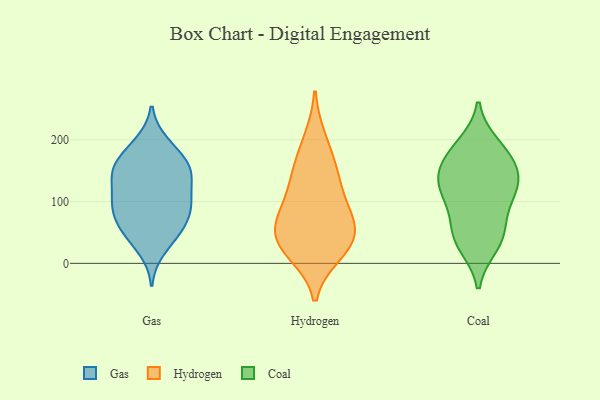
{"axis": {"x": "Net Income (USD K)", "y": "Value"}, "legend": ["Coal", "Gas", "Hydrogen"], "data": [{"x": "", "y": 137, "type": "Gas"}, {"x": "", "y": 47, "type": "Gas"}, {"x": "", "y": 94, "type": "Gas"}, {"x": "", "y": 141, "type": "Gas"}, {"x": "", "y": 104, "type": "Gas"}, {"x": "", "y": 195, "type": "Gas"}, {"x": "", "y": 57, "type": "Gas"}, {"x": "", "y": 103, "type": "Gas"}, {"x": "", "y": 87, "type": "Gas"}, {"x": "", "y": 22, "type": "Gas"}, {"x": "", "y": 48, "type": "Gas"}, {"x": "", "y": 105, "type": "Gas"}, {"x": "", "y": 190, "type": "Gas"}, {"x": "", "y": 82, "type": "Gas"}, {"x": "", "y": 66, "type": "Gas"}, {"x": "", "y": 169, "type": "Gas"}, {"x": "", "y": 145, "type": "Gas"}, {"x": "", "y": 157, "type": "Gas"}, {"x": "", "y": 154, "type": "Gas"}, {"x": "", "y": 154, "type": "Gas"}, {"x": "", "y": 200, "type": "Hydrogen"}, {"x": "", "y": 75, "type": "Hydrogen"}, {"x": "", "y": 18, "type": "Hydrogen"}, {"x": "", "y": 83, "type": "Hydrogen"}, {"x": "", "y": 57, "type": "Hydrogen"}, {"x": "", "y": 37, "type": "Hydrogen"}, {"x": "", "y": 152, "type": "Hydrogen"}, {"x": "", "y": 43, "type": "Hydrogen"}, {"x": "", "y": 113, "type": "Hydrogen"}, {"x": "", "y": 147, "type": "Hydrogen"}, {"x": "", "y": 25, "type": "Hydrogen"}, {"x": "", "y": 144, "type": "Coal"}, {"x": "", "y": 120, "type": "Coal"}, {"x": "", "y": 171, "type": "Coal"}, {"x": "", "y": 101, "type": "Coal"}, {"x": "", "y": 29, "type": "Coal"}, {"x": "", "y": 127, "type": "Coal"}, {"x": "", "y": 42, "type": "Coal"}, {"x": "", "y": 191, "type": "Coal"}, {"x": "", "y": 42, "type": "Coal"}, {"x": "", "y": 151, "type": "Coal"}, {"x": "", "y": 180, "type": "Coal"}, {"x": "", "y": 119, "type": "Coal"}, {"x": "", "y": 67, "type": "Coal"}]}